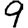
Digit: 9